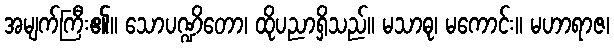
အမျက်ကြီး၏။ သောပဏ္ဍိတော၊ ထိုပညာရှိသည်။ မသာဓု၊ မကောင်း။ မဟာရာဇ၊